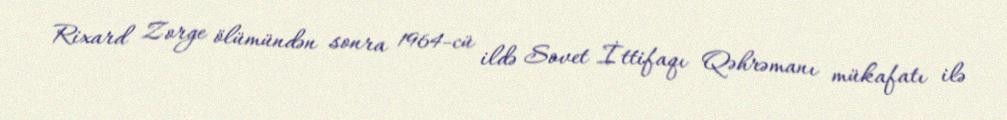
Rixard Zorge ölümündən sonra 1964-cü ildə Sovet İttifaqı Qəhrəmanı mükafatı ilə